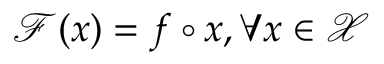
\mathcal { F } ( \boldsymbol { x } ) = \boldsymbol { f } \circ \boldsymbol { x } , \forall \boldsymbol { x } \in \mathcal { X }